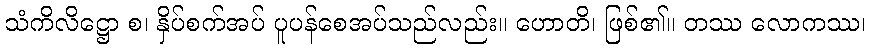
သံကိလိဋ္ဌော စ၊ နှိပ်စက်အပ် ပူပန်စေအပ်သည်လည်း။ ဟောတိ၊ ဖြစ်၏။ တဿ လောကဿ၊